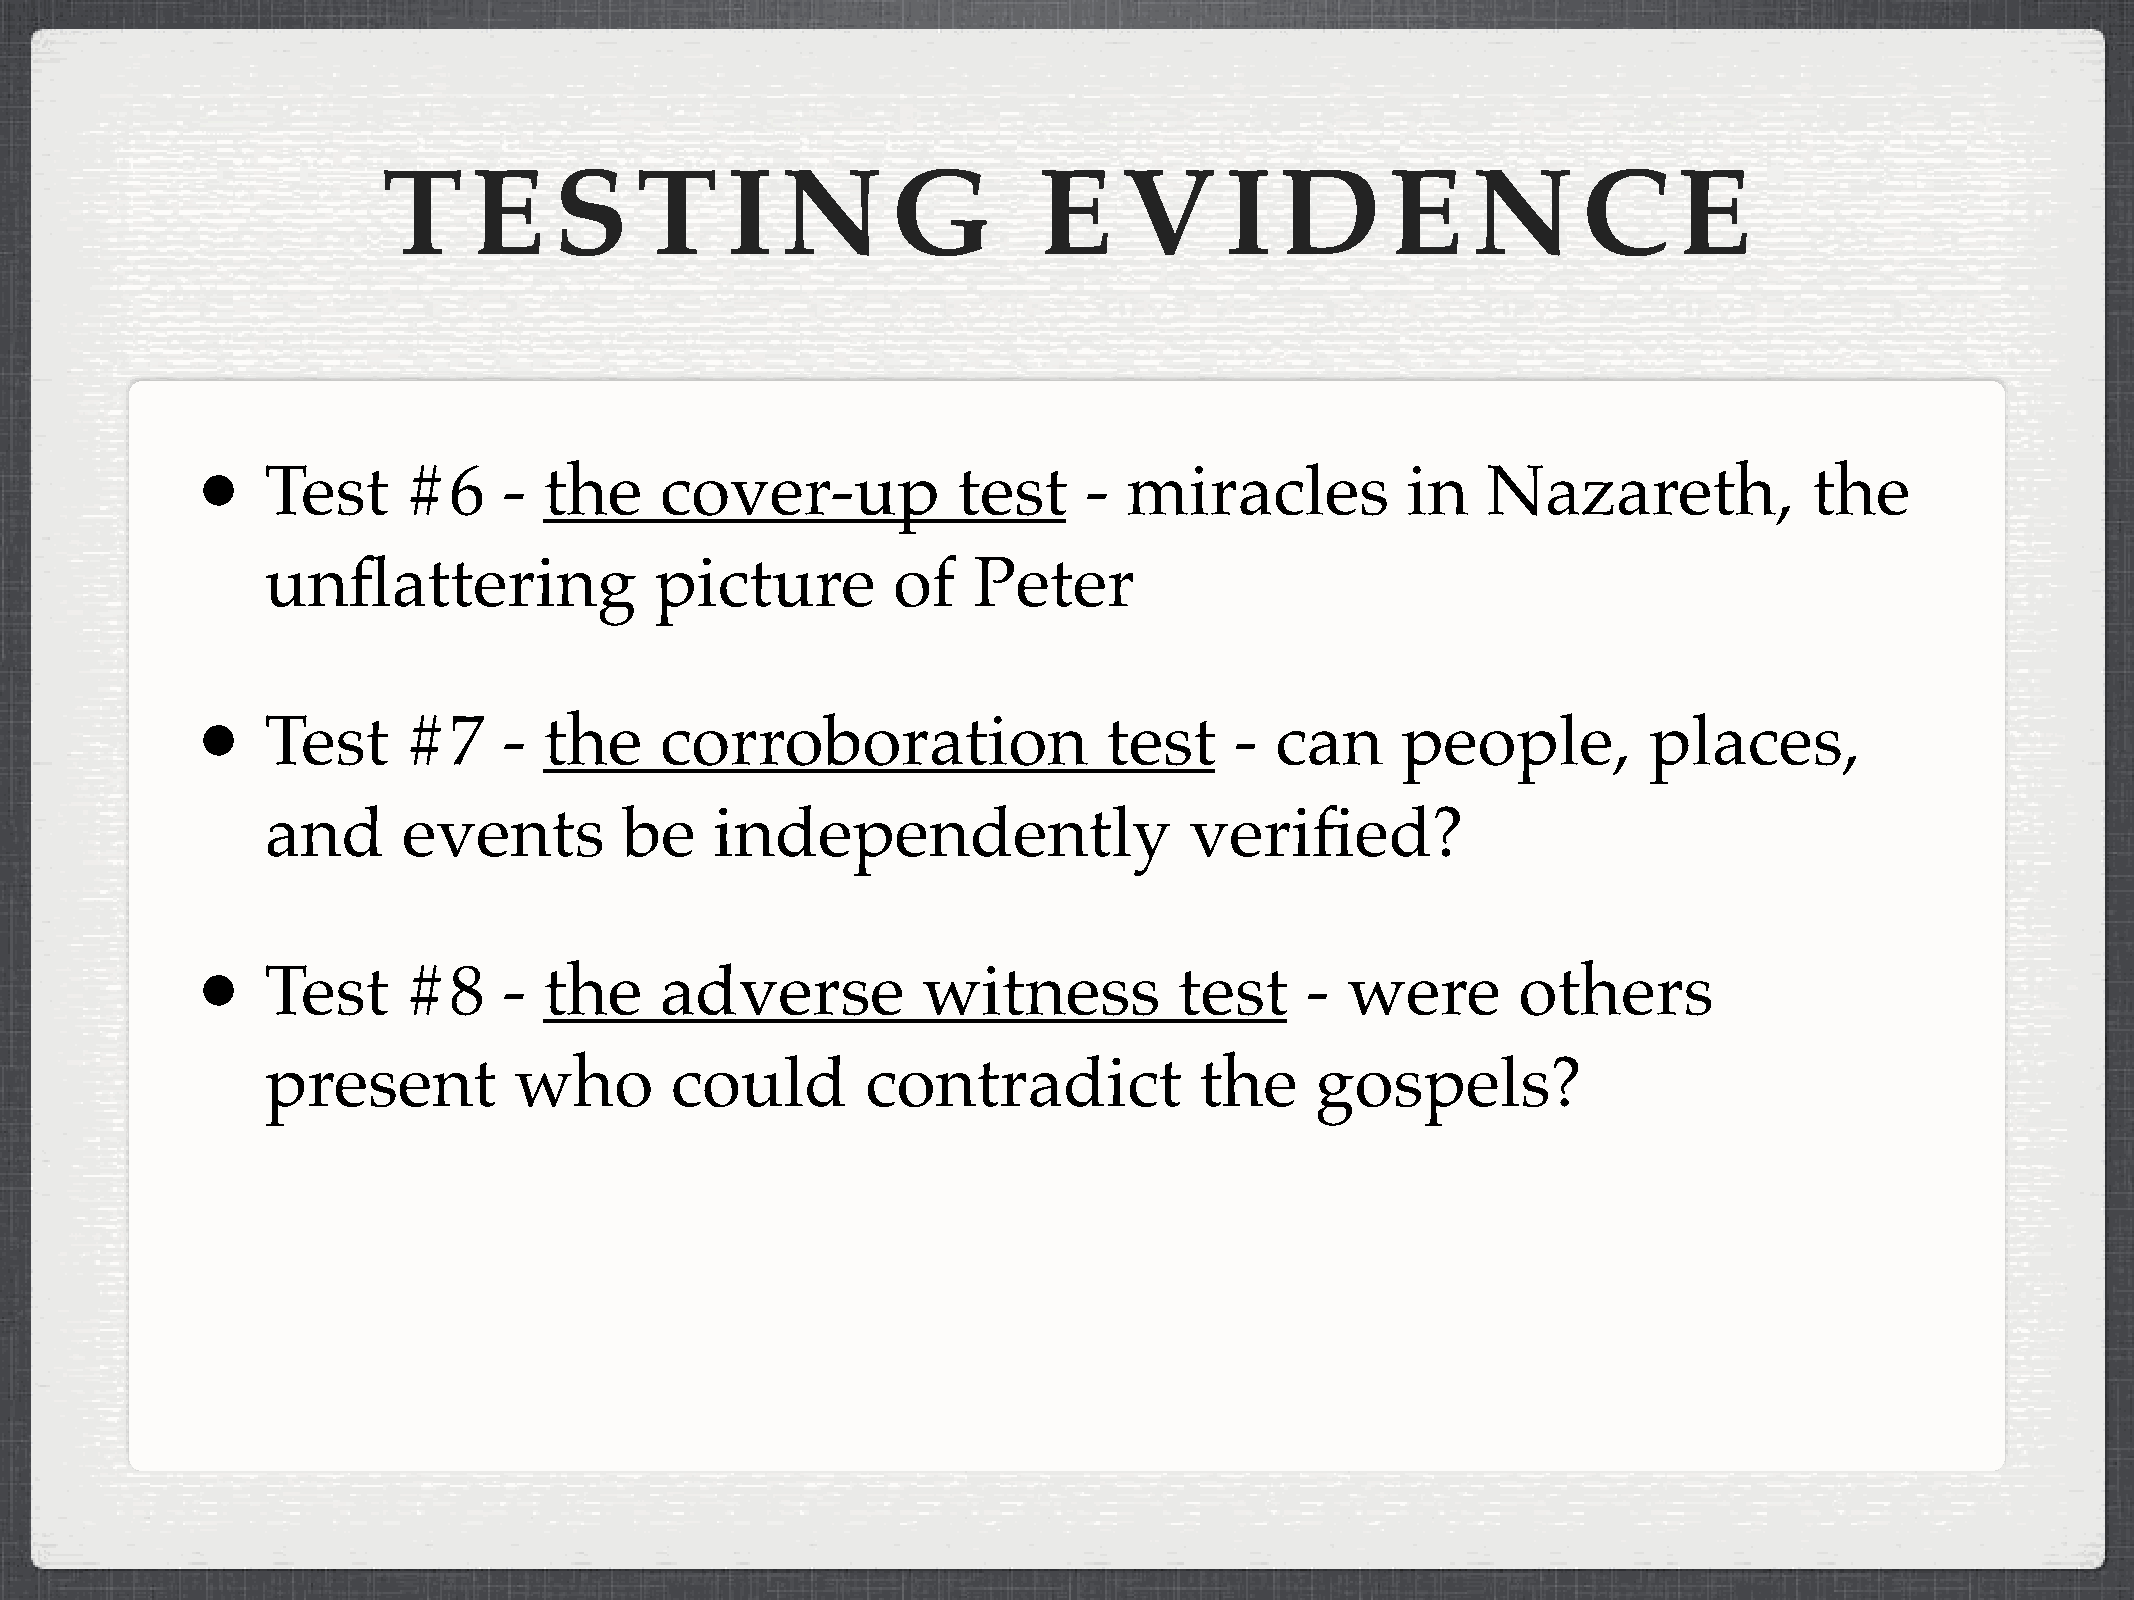
T     E     S    T     I   N      G         E    V      I   D      E    N       C     E
 •
 Test     #6    -  the     cover-up           test     -  miracles          in   Nazareth,             the
 unflattering             picture         of   Peter
 •
 Test     #7    -  the     corroboration                test     - can      people,         places,
 and      events        be    independently                   verified?
 •
 Test     #8    -  the     adverse          witness          test    -  were        others
 present         who       could        contradict            the     gospels?